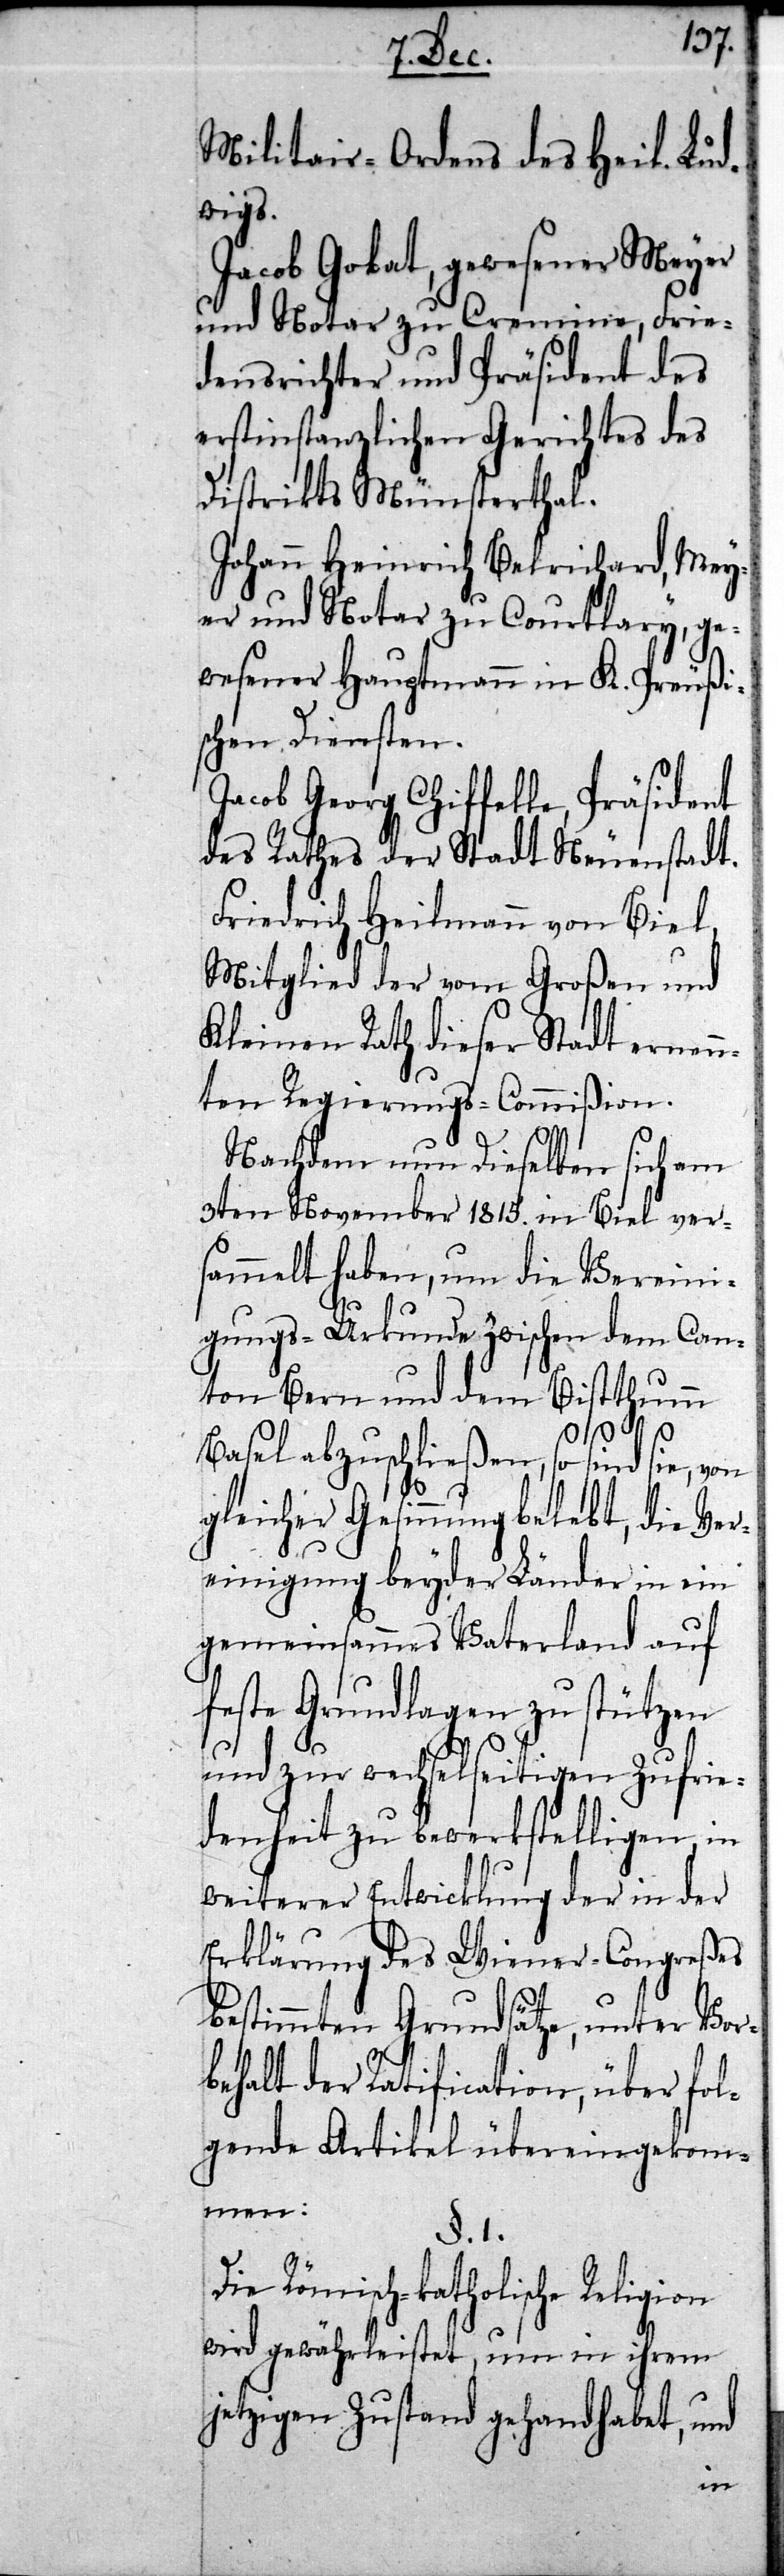
Militair-Ordens des Heil. Lud¬
wigs.
Jakob Gobat, gewesener Meyer
und Notar zu Cremine, Frie¬
densrichter und Präsident des
erstinstanzlichen Gerichtes des
Distrikts Münsterthal.
Johann Heinrich Belrichard, Mey¬
er und Notar zu Courtlary, ge¬
wesener Hauptmann in K. Preußi¬
schen Diensten.
Jacob Georg Chiffelle, Präsident
des Rathes der Stadt Neuenstadt.
Friedrich Heilmann von Biel,
Mitglied der vom Großen und
Kleinen Rath dieser Stadt ernen¬
nten Regierungs-Commißion.
Nachdem nun dieselben sich am
3ten November 1815. in Biel ver¬
sammelt haben, um die Vereini¬
gungs-Urkunde zwischen dem Can¬
ton Bern und dem Bistthumm
Basel abzuschließen, so sind sie, von
gleicher Gesinnung belebt, die Ver¬
einigung beyder Länder in ein
gemeinsammes Vaterland auf
feste Grundlagen zu stützen
und zur wechselseitigen Zufrie¬
denheit zu bewerkstelligen, in
weiterer Entwicklung der in der
Erklärung des Wiener-Conreßes
bestimmten Grundsätze, unter Vor¬
behalt der Ratification, über fol¬
gende Artikel übereingekom¬
men:
§. 1.
Die Römisch-katholische Religion
wird gewährleistet, um in ihrem
jetzigen Zustand gehandhabt, und